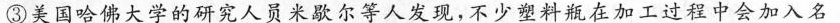
③美国哈佛大学的研究人员米歇尔等人发现，不少塑料瓶在加工过程中会加入名